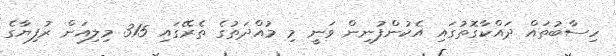
ހިސާބުތައް ދައްކާގޮތުގައި އެކުންފުނިން ވަނީ މި މުއްދަތުގެ ތެރޭގައި 315 މިލިއަން ރުފިޔާގެ